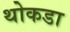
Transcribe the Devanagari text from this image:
थोकडा